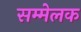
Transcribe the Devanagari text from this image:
सम्मेलक